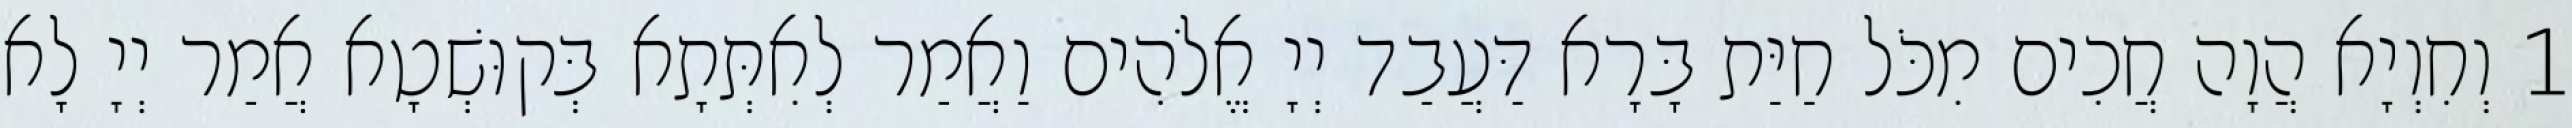
1 וְחִוְיָא הֲוָה חֲכִים מִכֹּל חַיַּת בָּרָא דַּעֲבַד יְיָ אֱלֹהִים וַאֲמַר לְאִתְּתָא בְּקוּשְׁטָא אֲמַר יְיָ לָא